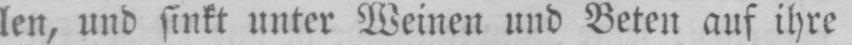
len, und sinkt unter Weinen und Beten auf ihre